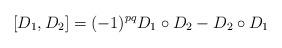
LaTeX: \begin{align*}[D_1,D_2] = (-1)^{pq} D_1 \circ D_2 - D_2 \circ D_1\end{align*}